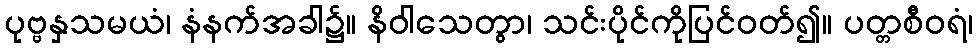
ပုဗ္ဗနှသမယံ၊ နံနက်အခါ၌။ နိဝါသေတွာ၊ သင်းပိုင်ကိုပြင်ဝတ်၍။ ပတ္တစီဝရံ၊